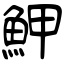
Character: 魻